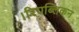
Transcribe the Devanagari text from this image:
।रिपब्लिकन